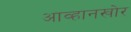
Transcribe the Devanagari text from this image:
आव्हानखोर